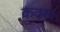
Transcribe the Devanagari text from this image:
कवस